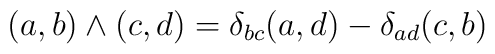
(a, b) \wedge (c, d) = \delta_{bc} (a, d) -                                       \delta_{ad} (c, b)